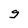
Character: g